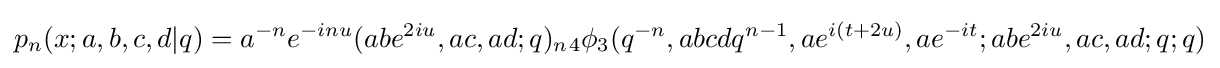
p_{n}(x;a,b,c,d|q)=a^{-n}e^{-inu}(abe^{2iu},ac,ad;q)_{n}{}_{4}\phi _{3}(q^{-n},abcdq^{n-1},ae^{i{(t+2u)}},ae^{-it};abe^{2iu},ac,ad;q;q)